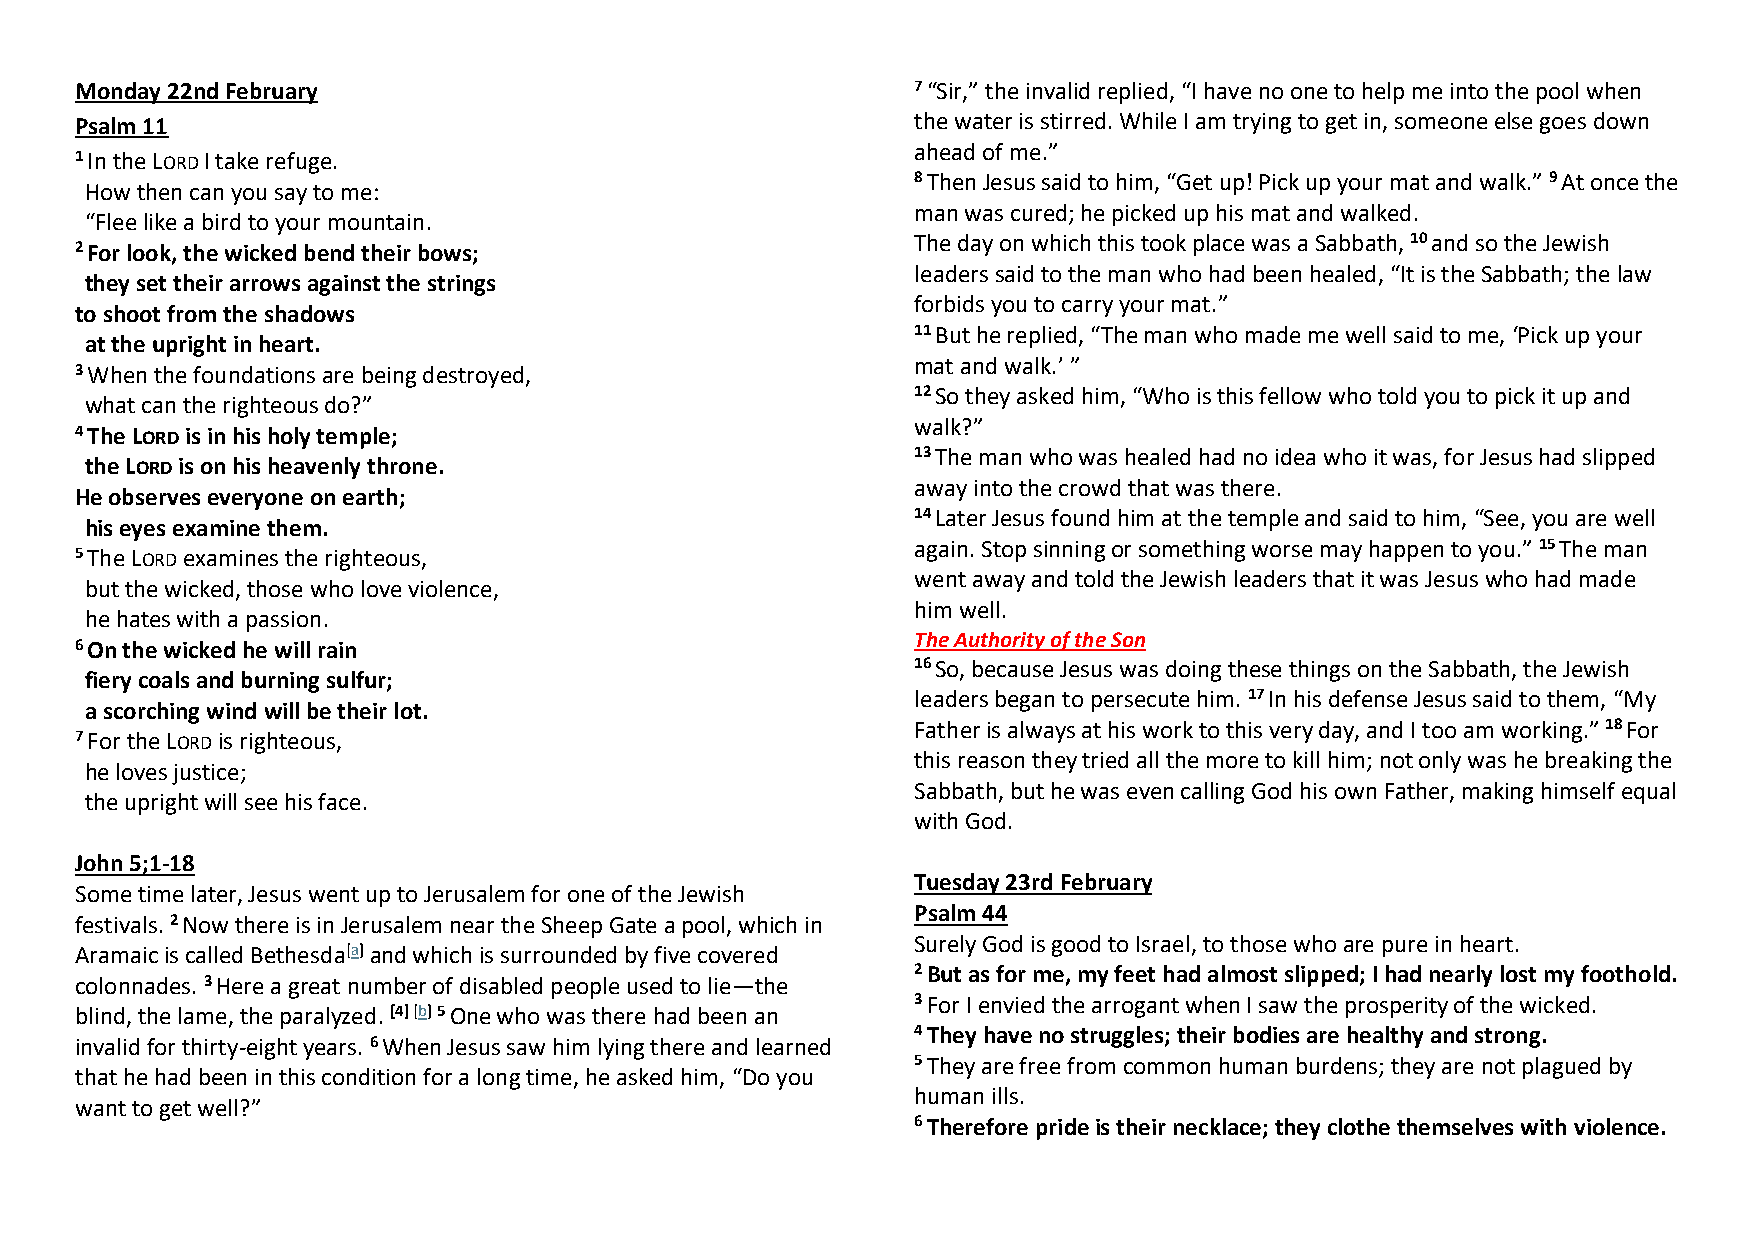
Monday 22nd February                                    7 “Sir,” the invalid replied, “I have no one to help me into the pool when
 Psalm 11                                                the water is stirred. While I am trying to get in, someone else goes down
 ahead of me.”
 1 In the LORD I take refuge.
 8 Then Jesus said to him, “Get up! Pick up your mat and walk.” 9 At once the
 How then can you say to me:
 man was cured; he picked up his mat and walked.
 “Flee like a bird to your mountain.
 The day on which this took place was a Sabbath, 10 and so the Jewish
 2 For look, the wicked bend their bows;
 leaders said to the man who had been healed, “It is the Sabbath; the law
 they set their arrows against the strings
 forbids you to carry your mat.”
 to shoot from the shadows
 11 But he replied, “The man who made me well said to me, ‘Pick up your
 at the upright in heart.
 mat and walk.’ ”
 3 When the foundations are being destroyed,
 12 So they asked him, “Who is this fellow who told you to pick it up and
 what can the righteous do?”
 walk?”
 4 The LORD is in his holy temple;
 13 The man who was healed had no idea who it was, for Jesus had slipped
 the LORD is on his heavenly throne.
 away into the crowd that was there.
 He observes everyone on earth;
 14 Later Jesus found him at the temple and said to him, “See, you are well
 his eyes examine them.
 again. Stop sinning or something worse may happen to you.” 15 The man
 5 The LORD examines the righteous,
 went away and told the Jewish leaders that it was Jesus who had made
 but the wicked, those who love violence,
 him well.
 he hates with a passion.
 The Authority of the Son
 6 On the wicked he will rain
 16 So, because Jesus was doing these things on the Sabbath, the Jewish
 fiery coals and burning sulfur;
 leaders began to persecute him. 17 In his defense Jesus said to them, “My
 a scorching wind will be their lot.
 Father is always at his work to this very day, and I too am working.” 18 For
 7 For the LORD is righteous,
 this reason they tried all the more to kill him; not only was he breaking the
 he loves justice;
 Sabbath, but he was even calling God his own Father, making himself equal
 the upright will see his face.
 with God.
 John 5;1-18
 Tuesday 23rd February
 Some time later, Jesus went up to Jerusalem for one of the Jewish
 Psalm 44
 festivals. 2 Now there is in Jerusalem near the Sheep Gate a pool, which in
 Surely God is good to Israel, to those who are pure in heart.
 Aramaic is called Bethesda[a] and which is surrounded by five covered
 2 But as for me, my feet had almost slipped; I had nearly lost my foothold.
 colonnades. 3 Here a great number of disabled people used to lie—the
 3 For I envied the arrogant when I saw the prosperity of the wicked.
 blind, the lame, the paralyzed. [4] [b] 5 One who was there had been an
 4 They have no struggles; their bodies are healthy and strong.
 invalid for thirty-eight years. 6 When Jesus saw him lying there and learned
 5 They are free from common human burdens; they are not plagued by
 that he had been in this condition for a long time, he asked him, “Do you
 human ills.
 want to get well?”
 6 Therefore pride is their necklace; they clothe themselves with violence.